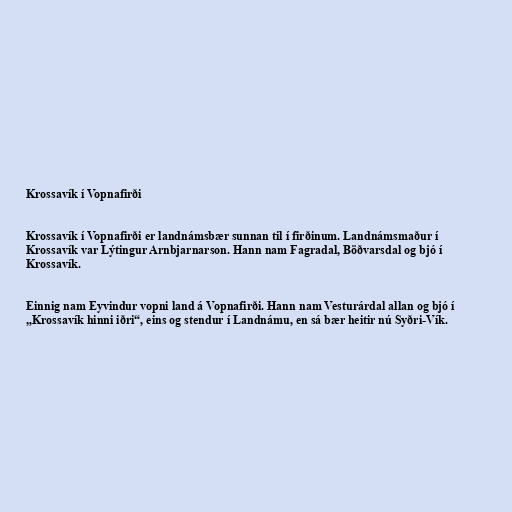
Krossavík í Vopnafirði

Krossavík í Vopnafirði er landnámsbær sunnan til í firðinum. Landnámsmaður í
Krossavík var Lýtingur Arnbjarnarson. Hann nam Fagradal, Böðvarsdal og bjó í
Krossavík.

Einnig nam Eyvindur vopni land á Vopnafirði. Hann nam Vesturárdal allan og bjó í
„Krossavík hinni iðri“, eins og stendur í Landnámu, en sá bær heitir nú Syðri-Vík.